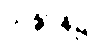
သန္တာန်၌